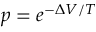
p = e ^ { - \Delta V / T }